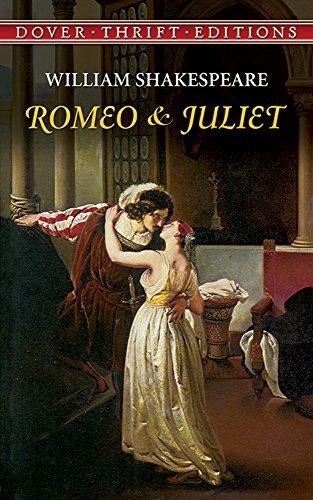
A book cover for Romeo and Juliet (Dover Thrift Editions); William Shakespeare; Literature & Fiction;